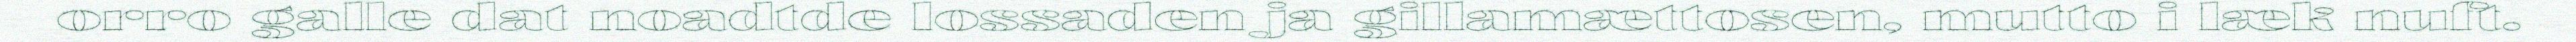
orro galle dat noadtde lossaden ja gillamættosen, mutto i læk nuft.